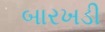
બારખડી